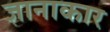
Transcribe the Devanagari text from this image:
ज्ञानाकार